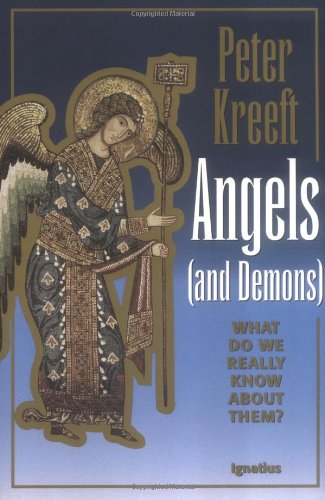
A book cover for Angels and Demons: What Do We Really Know about Them?; Peter J. Kreeft; Christian Books & Bibles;